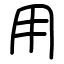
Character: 用